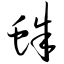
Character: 蛛